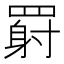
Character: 𬙥